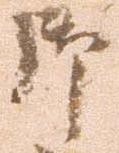
御